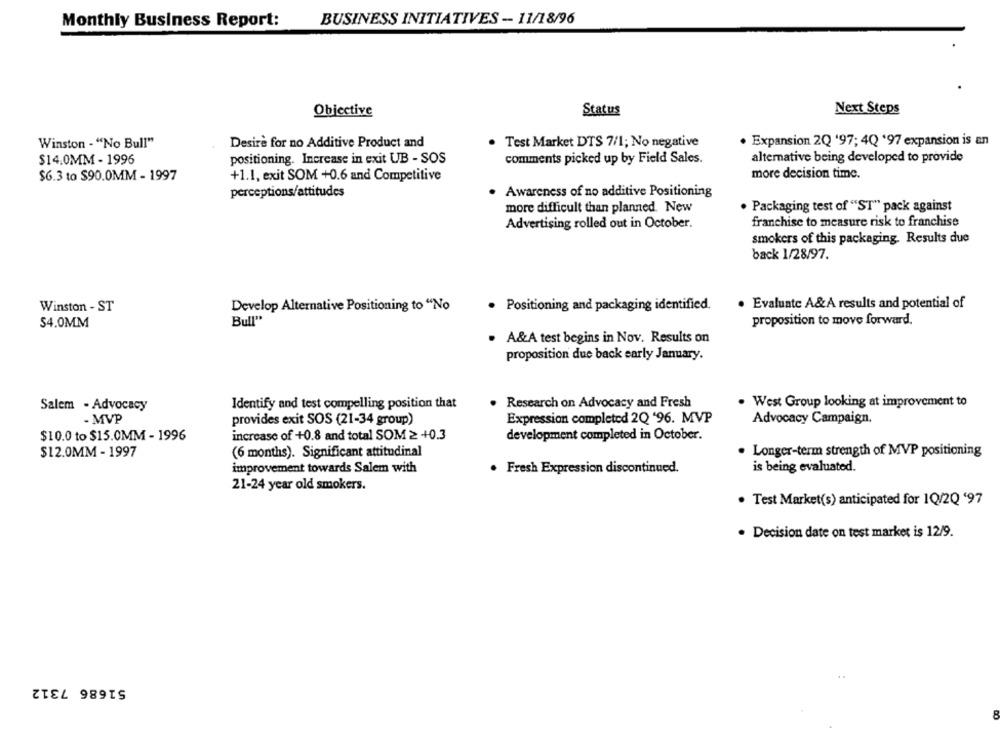
Monthly Business Report:
BUSINESS INITIATIVES -- 11/18/96
Status
Next Steps
Objective
. Expansion 2Q '97; 4Q '97 expansion is an
Winston - "No Bull"
Desire for no Additive Product and
. Test Market DTS 7/1; No negative
$14.0MM - 1996
positioning. Increase in exit UB - SOS
comments picked up by Field Sales.
alternative being developed to provide
$6.3 to $90.0MM - 1997
+1.1, exit SOM +0.6 and Competitive
more decision time.
perceptions/attitudes
. Awareness of no additive Positioning
more difficult than planned. New
. Packaging test of "ST" pack against
franchise to measure risk to franchise
Advertising rolled out in October.
smokers of this packaging. Results due
back 1/28/97.
. Evaluate A&A results and potential of
Winston - ST
Develop Alternative Positioning to "No
· Positioning and packaging identified.
Bull"
S4.0MM
proposition to move forward.
. A&A test begins in Nov. Results on
proposition due back early January.
Salem - Advocacy
Identify and test compelling position that
. Research on Advocacy and Fresh
West Group looking at improvement to
- MVP
provides exit SOS (21-34 group)
Expression completed 2Q '96. MVP
Advocacy Campaign.
$10.0 to $15.0MM - 1996
increase of +0.8 and total SOM ≥ +0.3
development completed in October.
· Longer-term strength of MVP positioning
$12.0MM - 1997
(6 months). Significant attitudinal
is being evaluated.
improvement towards Salem with
Fresh Expression discontinued.
21-24 year old smokers.
. Test Market(s) anticipated for 1Q/2Q '97
· Decision date on test market is 12/9.
51686 7312